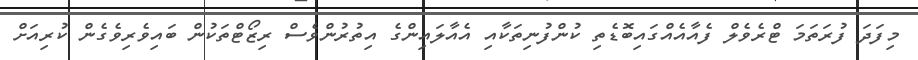
މިފަދަ ފުރަތަމަ ޓްރެވެލް ފެއާއެއްގައިބޮޑެތި ކުންފުނިތަކާއި އެއާލައިންގެ އިތުރުންވެސް ރިޒޯޓްތަކުން ބައިވެރިވެގެން ކުރިއަށް